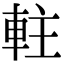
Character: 軴